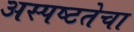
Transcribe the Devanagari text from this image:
अस्पष्टतेचा